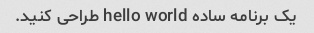
یک برنامه ساده hello world طراحی کنید.